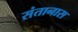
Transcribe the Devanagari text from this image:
संतानास